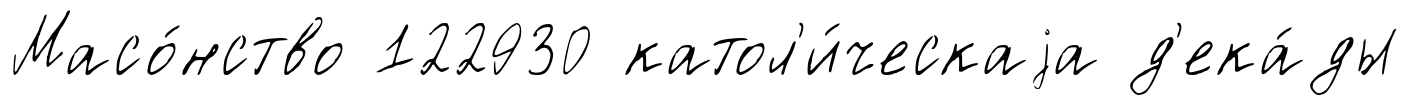
Масо́нство 122930 катол'и́ческаjа д'ека́ды